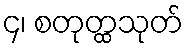
၄၊ စတုတ္ထသုတ်